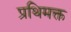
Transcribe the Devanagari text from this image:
प्रथिमक्त